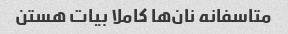
متاسفانه نان‌ها کاملا بیات هستن